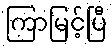
ကြာမြင့်ပြီ